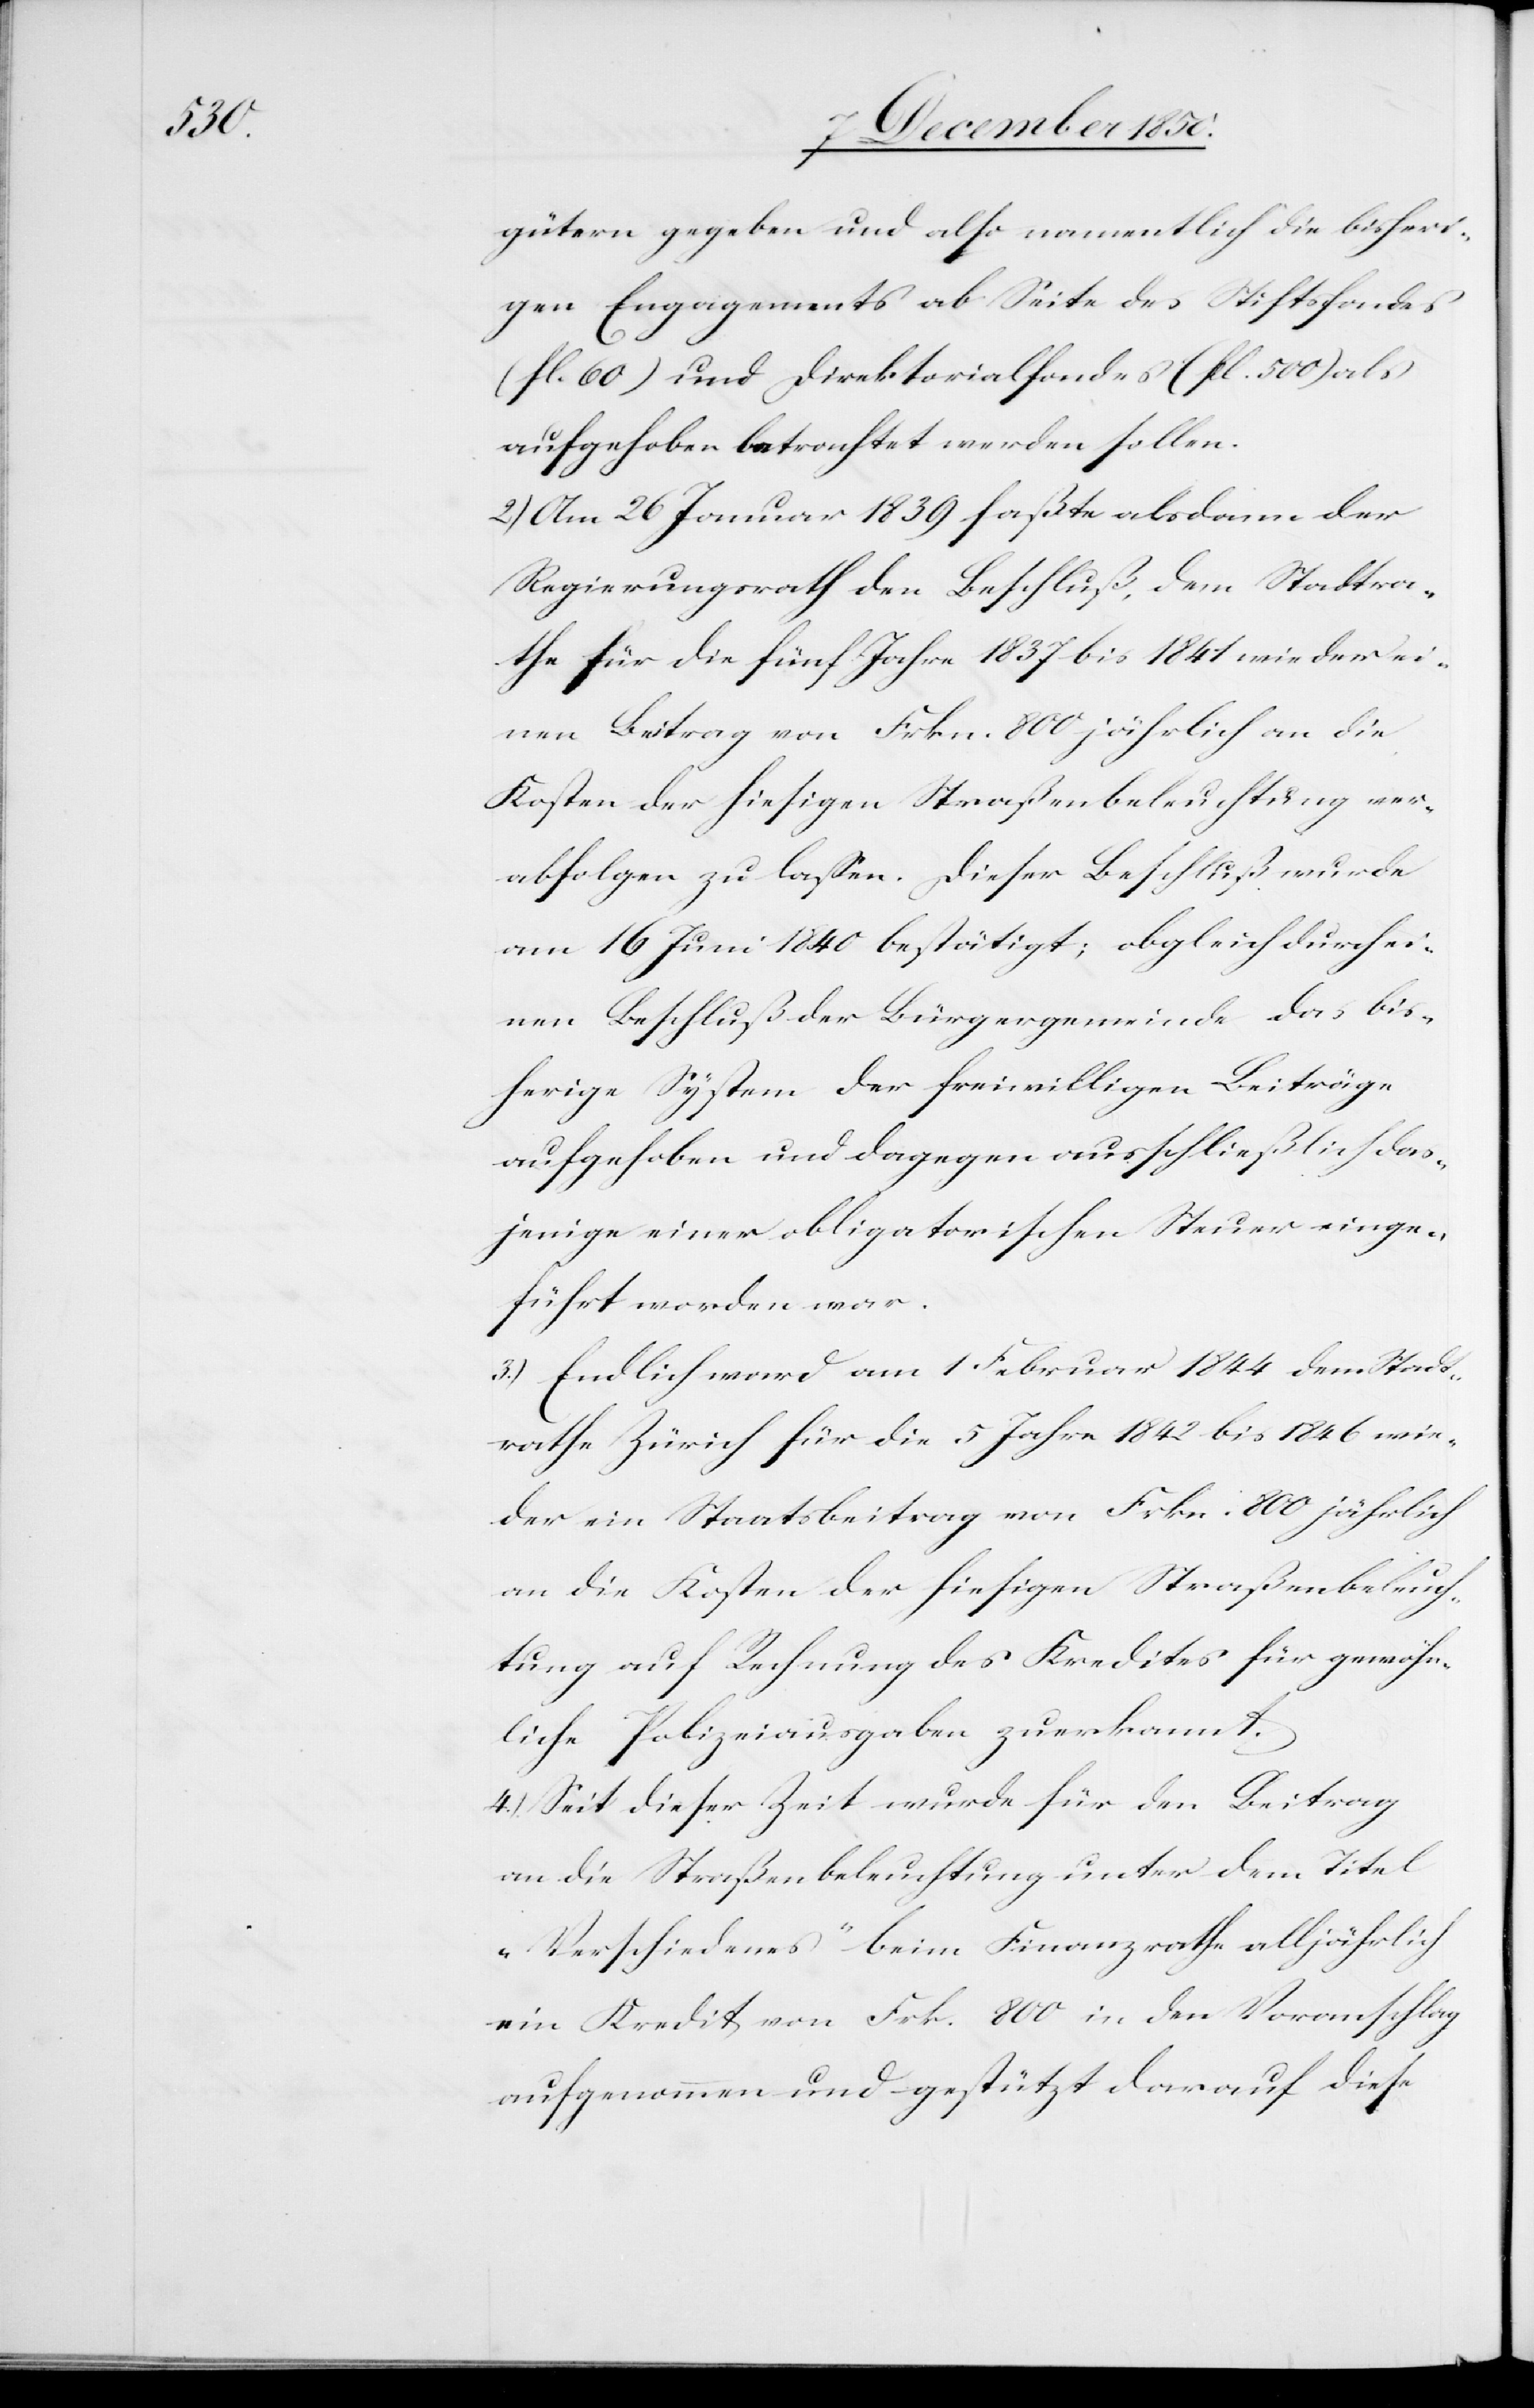
gewöhn¬

gütern gegeben und also namentlich die bisheri¬
gen Engagements ab Seite des Stiftsfondes
(fl. 60) und Direktorialfondes (fl. 500) als
aufgehoben betrachtet werden sollen.
2.) Am 26 Januar 1839 faßte alsdann der
Regierungsrath den Beschluß, dem Stadtra¬
the für die fünf Jahre 1837 bis 1841 wieder ei¬
beitrag von Frkn. 800 jährlich an die
Kosten der hiesigen Straßenbeleuchtung auf
abfolgen zu lassen. Dieser Beschluß wurde
am 16 Juni 1840 bestätigt; obgleich durch ei¬
nen Beschluß der Bürgergemeinde das bis¬
herige System der freiwilligen Beiträge
aufgehoben und dagegen ausschließlich das¬
jenige einer obligatorischen Steuer einge¬
führt worden war.
3.) Endlich ward am 1 Februar 1844 dem Stadt¬
rathe Zürich für die 5 Jahre 1842 wieder ein
liche Polizeiausgaben zuerkannt.
4.) Seit dieser Zeit wurde für den Beitrag
an die Straßenbeleuchtung unter dem Titel
„Verschiedenes“ beim Finanzrathe alljährlich
ein Kredit von Frk. 800 in den Voranschlag
aufgenommen und gestützt darauf diese